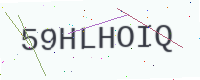
Text: 59HLHOIQ